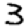
Digit: 3